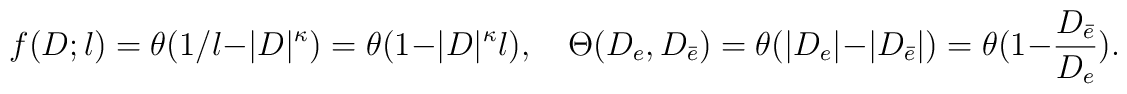
f(D;l)=\theta(1/l-|D|^{\kappa})=\theta(1-|D|^{\kappa}l), \quad   \Theta(D_e,D_{\bar e})=\theta(|D_e|-|D_{\bar e}|)   =\theta(1-\frac{D_{\bar e}}{D_e}).